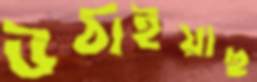
উঠাইয়াছ